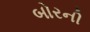
બોરની